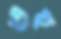
ওহু